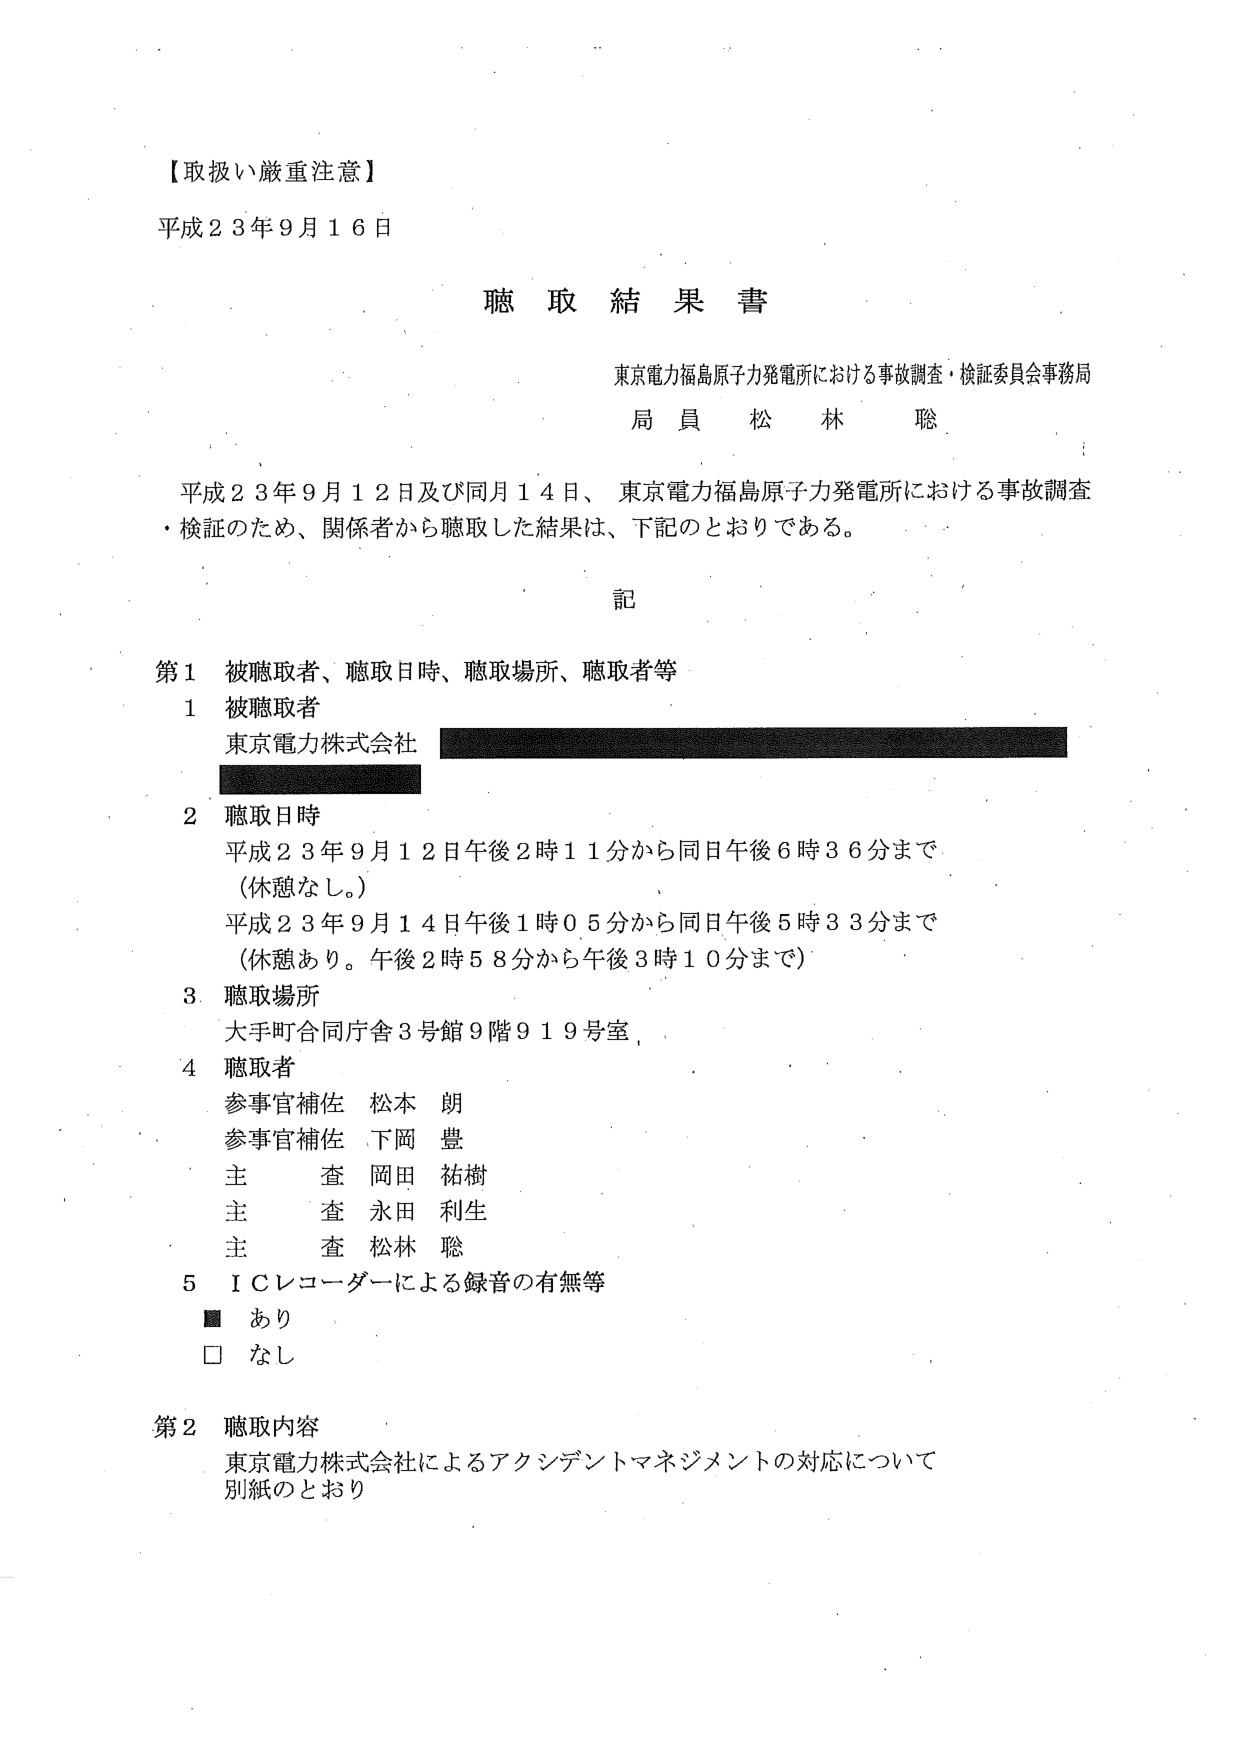
【取扱い厳重注意】
平成２３年９月１６日

聴取結果書

東京電力福島原子力発電所における事故調査・検証委員会事務局
局員 松林 聡

平成２３年９月１２日及び同月１４日、東京電力福島原子力発電所における事故調査・検証のため、関係者から聴取した結果は、下記のとおりである。

記

第１ 被聴取者、聴取日時、聴取場所、聴取者等
１ 被聴取者
東京電力株式会社

２ 聴取日時
平成２３年９月１２日午後２時１１分から同日午後６時３６分まで
（休憩なし。）
平成２３年９月１４日午後１時０５分から同日午後５時３３分まで
（休憩あり。午後２時５８分から午後３時１０分まで）

３ 聴取場所
大手町合同庁舎３号館９階９１９号室

４ 聴取者
参事官補佐 松本 朗
参事官補佐 下岡 豊
主査 岡田 祐樹
主査 永田 利生
主査 松林 聡

５ ＩＣレコーダーによる録音の有無等
■ あり
□ なし

第２ 聴取内容
東京電力株式会社によるアクシデントマネジメントの対応について
別紙のとおり